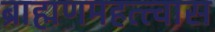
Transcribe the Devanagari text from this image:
ब्राह्मणमहत्त्वास